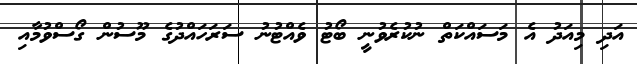
އަދި މިއަދު އެ މަސައްކަތް ނުކުރެވުނީ ބޯޓު ވެއްޓުނު ސަރަހައްދުގެ މޫސުން ގޯސްވުމާއި